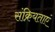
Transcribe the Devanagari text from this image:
संक्रियताएं